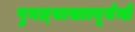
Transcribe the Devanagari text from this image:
पुनन्र्यासात्पूर्यन्ते